Indian journal of veterinary science and animal husbandry - Volumes 18-21, 1948-1951
Year: 1948
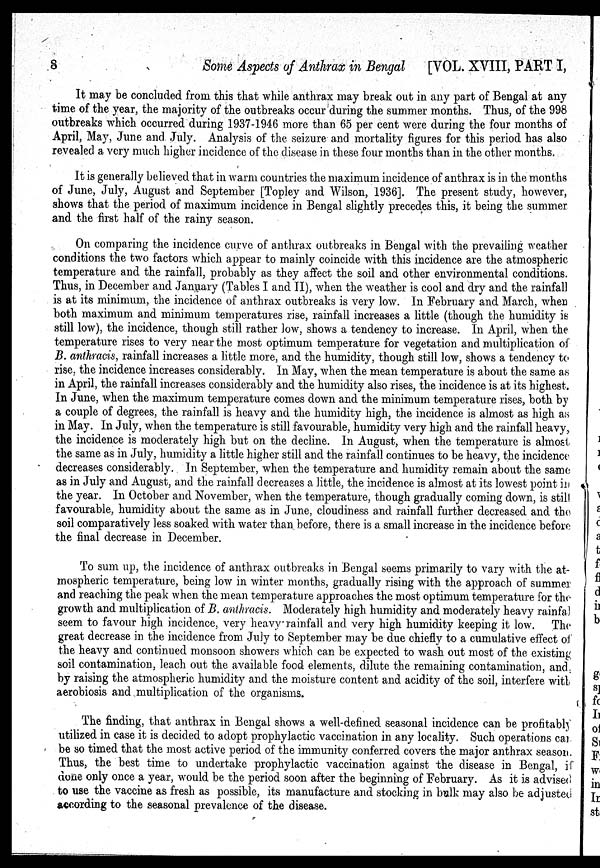
8
Some Aspects of Anthrax in Bengal
[VOL. XVIII, PART I,
It may be concluded from this that while anthrax may break out in any part of Bengal at any
time of the year, the majority of the outbreaks occur during the summer months. Thus, of the 998
outbreaks which occurred during 1937-1946 more than 65 per cent were during the four months of
April, May, June and July. Analysis of the seizure and mortality figures for this period has also
revealed a very much higher incidence of the disease in these four months than in the other months.
It is generally believed that in warm countries the maximum incidence of anthrax is in the months
of June, July, August and September [Topley and Wilson, 1936]. The present study, however,
shows that the period of maximum incidence in Bengal slightly precedes this, it being the summer
and the first half of the rainy season.
On comparing the incidence curve of anthrax outbreaks in Bengal with the prevailing weather
conditions the two factors which appear to mainly coincide with this incidence are the atmospheric
temperature and the rainfall, probably as they affect the soil and other environmental conditions.
Thus, in December and January (Tables I and II), when the weather is cool and dry and the rainfall
is at its minimum, the incidence of anthrax outbreaks is very low. In February and March, when
both maximum and minimum temperatures rise, rainfall increases a little (though the humidity is
still low), the incidence, though still rather low, shows a tendency to increase. In April, when the
temperature rises to very near the most optimum temperature for vegetation and multiplication of
B. anthracis, rainfall increases a little more, and the humidity, though still low, shows a tendency to
rise, the incidence increases considerably. In May, when the mean temperature is about the same as
in April, the rainfall increases considerably and the humidity also rises, the incidence is at its highest.
In June, when the maximum temperature comes down and the minimum temperature rises, both by
a couple of degrees, the rainfall is heavy and the humidity high, the incidence is almost as high as
in May. In July, when the temperature is still favourable, humidity very high and the rainfall heavy,
the incidence is moderately high but on the decline. In August, when the temperature is almost
the same as in July, humidity a little higher still and the rainfall continues to be heavy, the incidence
decreases considerably. In September, when the temperature and humidity remain about the same
as in July and August, and the rainfall decreases a little, the incidence is almost at its lowest point in
the year. In October and November, when the temperature, though gradually coming down, is still
favourable, humidity about the same as in June, cloudiness and rainfall further decreased and the
soil comparatively less soaked with water than before, there is a small increase in the incidence before
the final decrease in December.
To sum up, the incidence of anthrax outbreaks in Bengal seems primarily to vary with the at-
mospheric temperature, being low in winter months, gradually rising with the approach of summer
and reaching the peak when the mean temperature approaches the most optimum temperature for the
growth and multiplication of B. anthracis. Moderately high humidity and moderately heavy rainfall
seem to favour high incidence, very heavy rainfall and very high humidity keeping it low. The
great decrease in the incidence from July to September may be due chiefly to a cumulative effect of
the heavy and continued monsoon showers which can be expected to wash out most of the existing
soil contamination, leach out the available food elements, dilute the remaining contamination, and
by raising the atmospheric humidity and the moisture content and acidity of the soil, interfere with
aerobiosis and multiplication of the organisms.
The finding, that anthrax in Bengal shows a well-defined seasonal incidence can be profitably
utilized in case it is decided to adopt prophylactic vaccination in any locality. Such operations can
be so timed that the most active period of the immunity conferred covers the major anthrax season.
Thus, the best time to undertake prophylactic vaccination against the disease in Bengal, if
done only once a year, would be the period soon after the beginning of February. As it is advised
to use the vaccine as fresh as possible, its manufacture and stocking in bulk may also be adjusted
according to the seasonal prevalence of the disease.